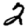
Digit: 2